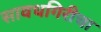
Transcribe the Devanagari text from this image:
सावधगिरीचा